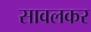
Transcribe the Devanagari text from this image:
सावलकर